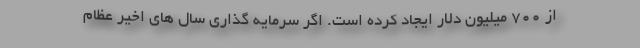
از ٧٠٠ میلیون دلار ایجاد کرده است. اگر سرمایه گذاری سال های اخیر عظام